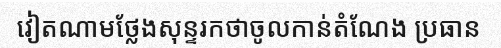
វៀតណាមថ្លែងសុន្ទរកថាចូលកាន់តំណែង ប្រធាន